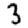
Digit: 3